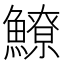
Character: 𩻻